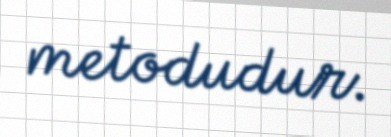
metodudur.